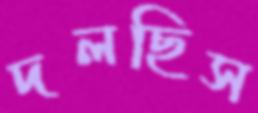
দলছিস